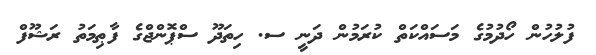
ފުލުހުން ހޯދުމުގެ މަސައްކަތް ކުރަމުން ދަނީ ސ. ހިތަދޫ ސްޕޮންޖްގެ ފާޠިމަތު ރަޝޫފް